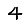
Digit: 4